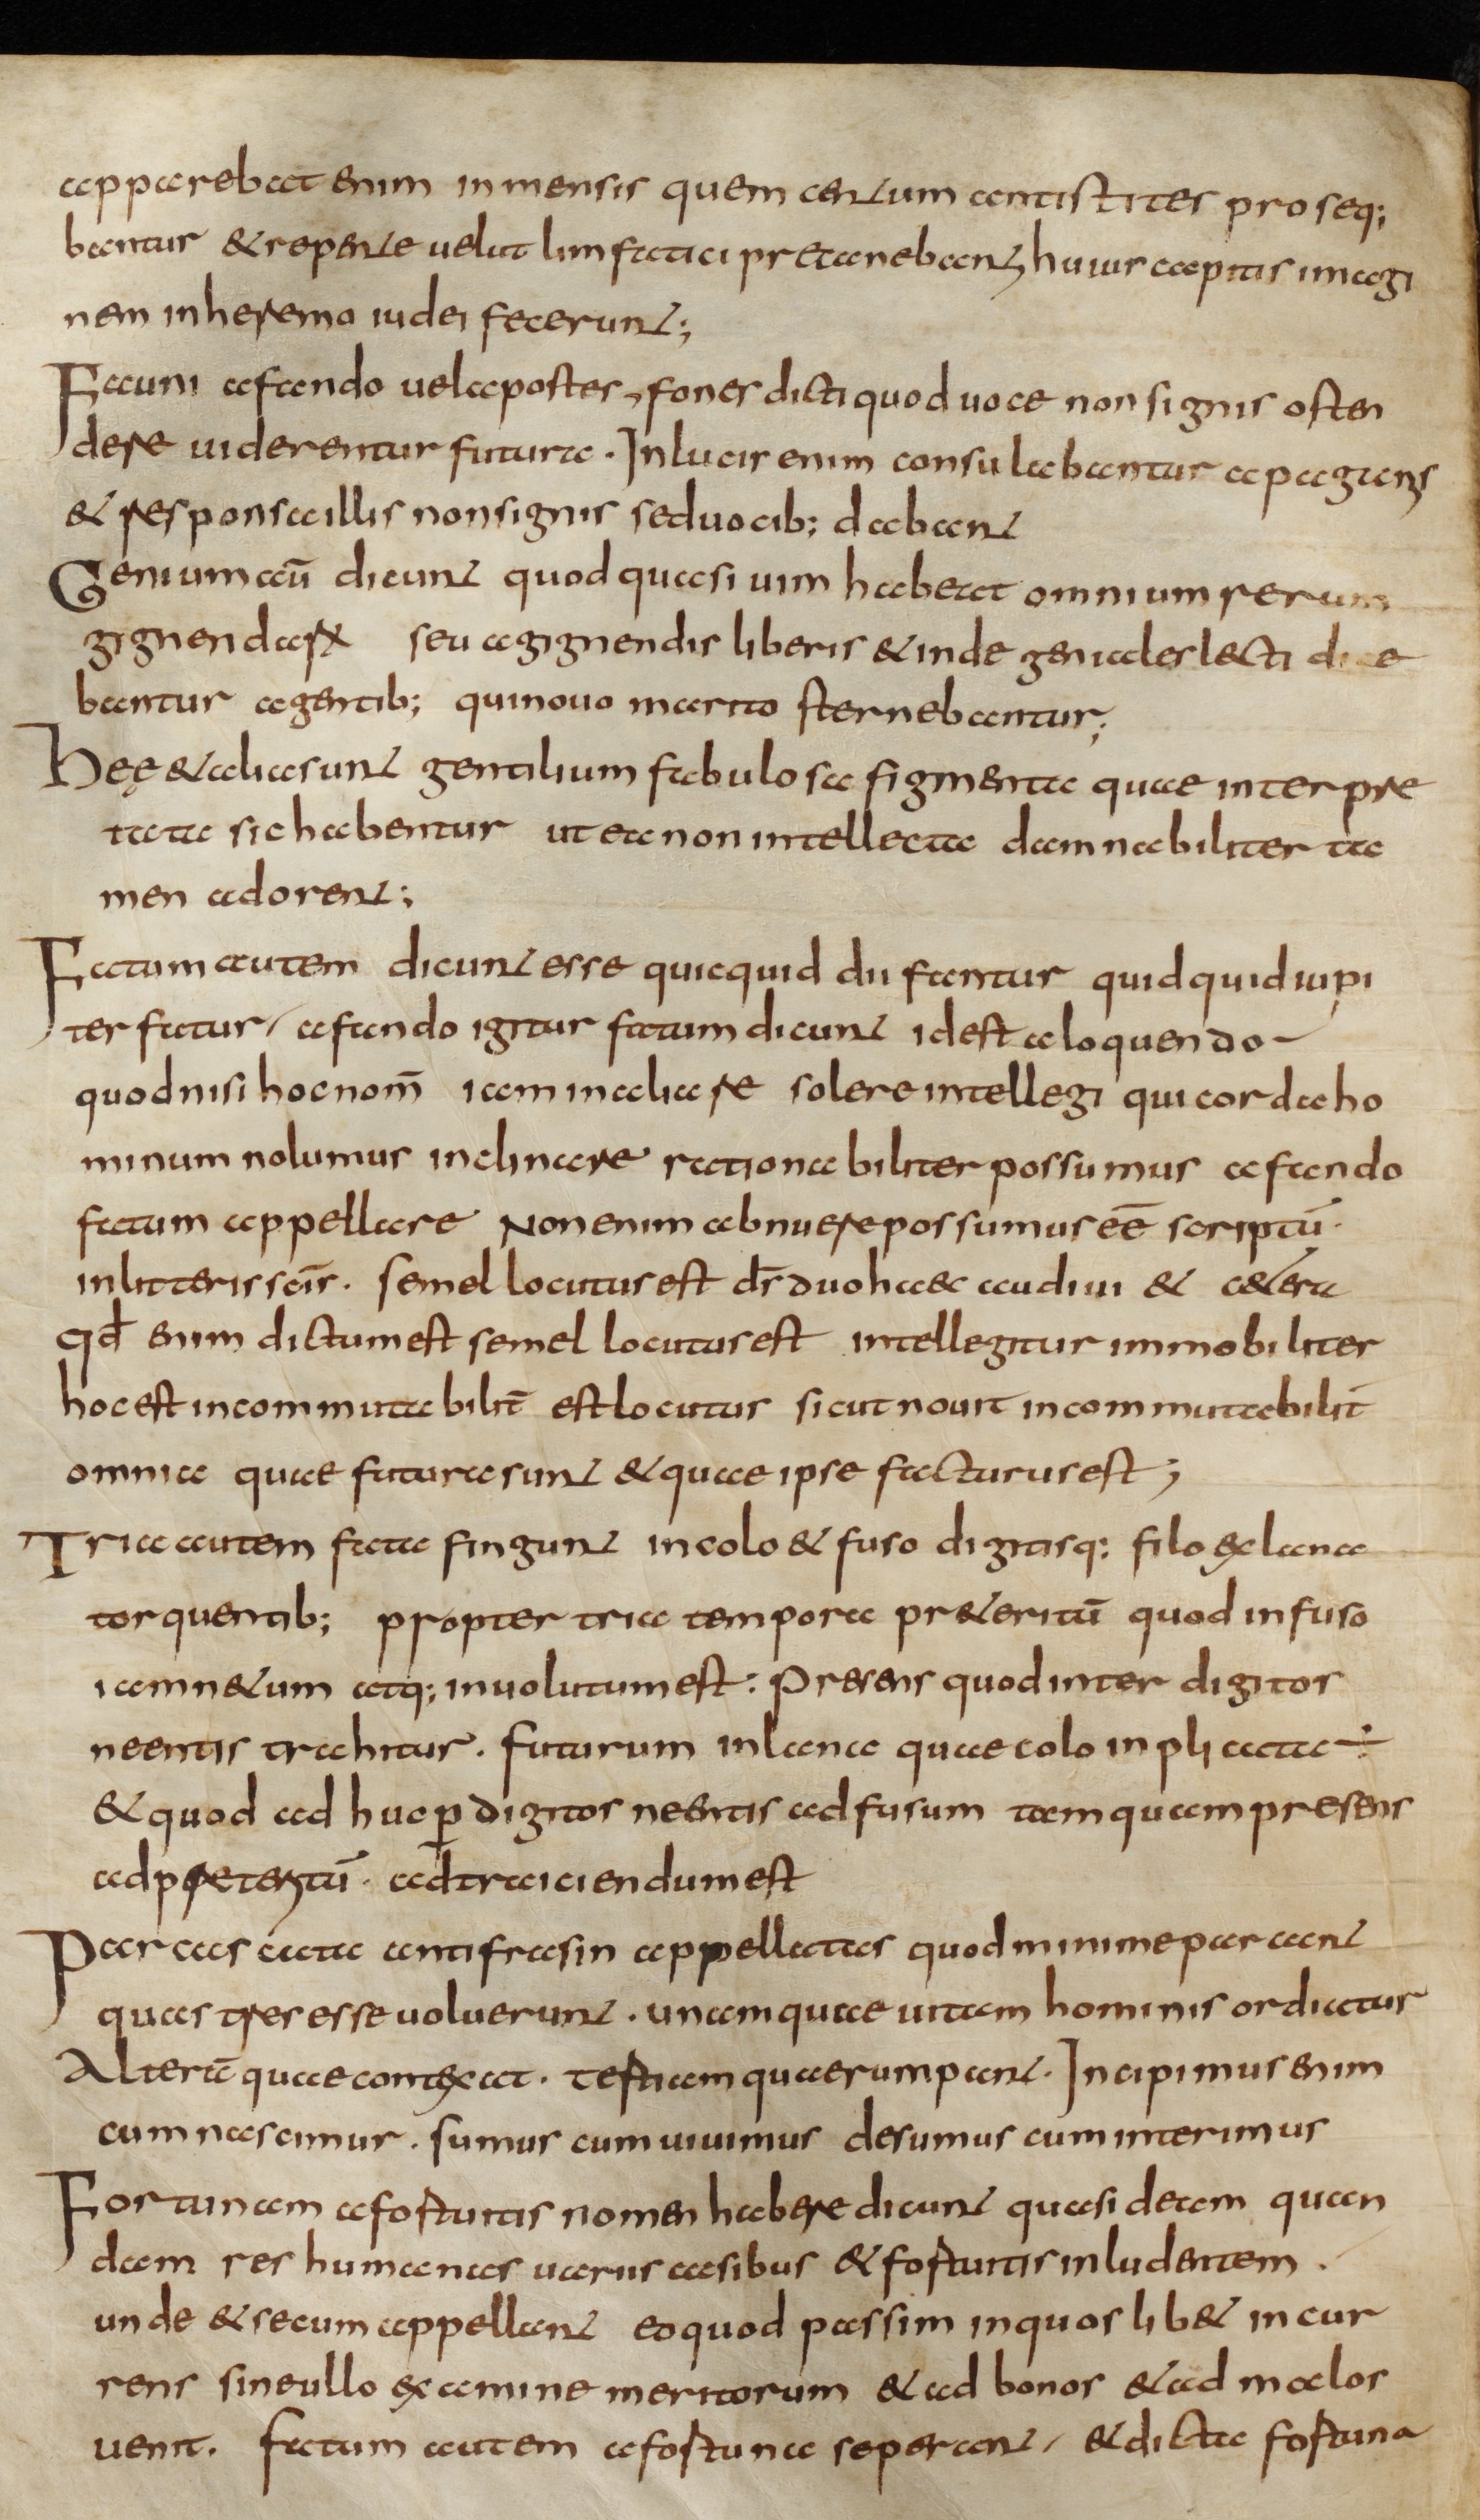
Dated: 800–824